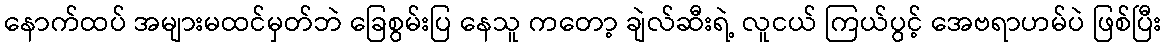
နောက်ထပ် အများမထင်မှတ်ဘဲ ခြေစွမ်းပြ နေသူ ကတော့ ချဲလ်ဆီးရဲ့ လူငယ် ကြယ်ပွင့် အေဗရာဟမ်ပဲ ဖြစ်ပြီး